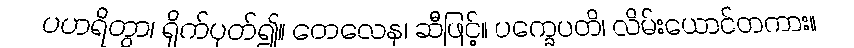
ပဟရိတွာ၊ ရိုက်ပုတ်၍။ တေလေန၊ ဆီဖြင့်။ ပက္ခေပတိ၊ လိမ်းယောင်တကား။